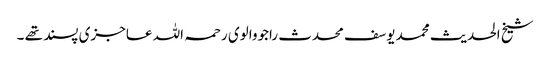
شیخ الحدیث محمد یوسف محدث راجووالوی رحمہ اللہ عاجزی پسند تھے ۔